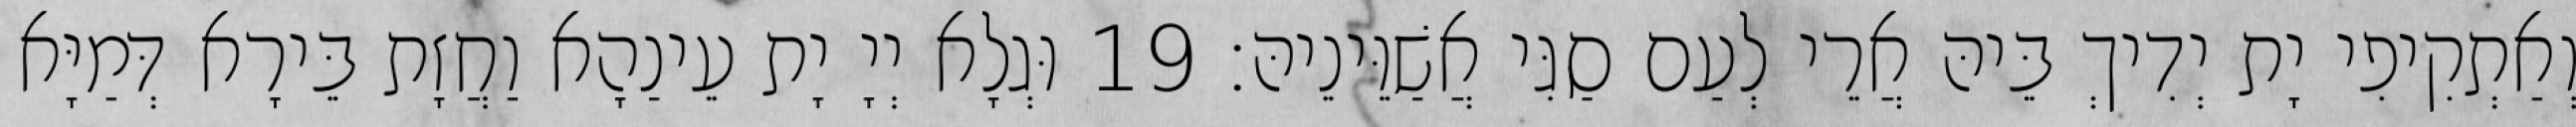
וְאַתְקִיפִי יָת יְדִיךְ בֵּיהּ אֲרֵי לְעַם סַגִּי אֲשַׁוֵּינֵיהּ׃ 19 וּגְלָא יְיָ יָת עֵינַהָא וַחֲזָת בֵּירָא דְּמַיָּא